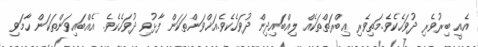
އެއީ ބިރުވެރި ދުވަހެކެވެ.މަތިވެރި ޢިބްރަތްތަކެއް ލިއްބައިދިން ދުވަހެކެވެ.އަޚްވަންތަކަން ފާޅުވި ދުވަހެކެވެ. އެއްބައިވަންތަކަން ހާމަވި